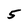
Character: 5